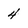
Character: 4